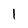
Character: l